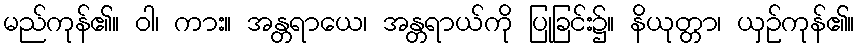
မည်ကုန်၏။ ဝါ၊ ကား။ အန္တရာယေ၊ အန္တရာယ်ကို ပြုခြင်း၌။ နိယုတ္တာ၊ ယှဉ်ကုန်၏။